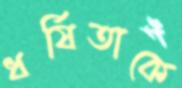
ধর্ষিতাকে